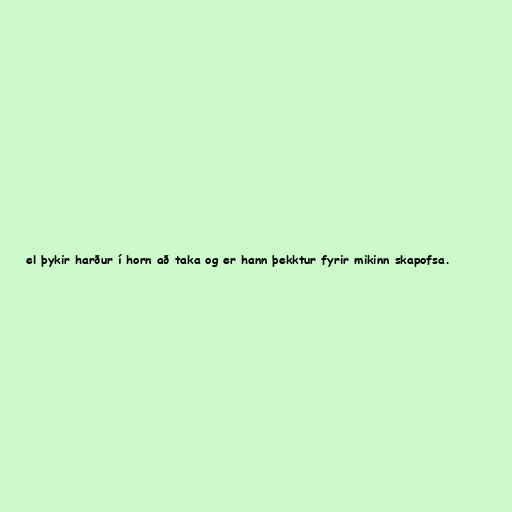
el þykir harður í horn að taka og er hann þekktur fyrir mikinn skapofsa.